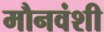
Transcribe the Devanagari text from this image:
मौनवंशी